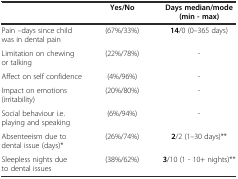
<table><thead><tr><td></td><td><b>Yes/No</b></td><td><b>Days median/mode (min - max)</b></td></tr></thead><tbody><tr><td>Pain –days since child was in dental pain</td><td>(67%/33%)</td><td><b>14</b>/0 (0–365 days)</td></tr><tr><td>Limitation on chewing or talking</td><td>(22%/78%)</td><td>-</td></tr><tr><td>Affect on self confidence</td><td>(4%/96%)</td><td>-</td></tr><tr><td>Impact on emotions (irritability)</td><td>(20%/80%)</td><td>-</td></tr><tr><td>Social behaviour i.e. playing and speaking</td><td>(6%/94%)</td><td>-</td></tr><tr><td>Absenteeism due to dental issue (days)*</td><td>(26%/74%)</td><td><b>2</b>/2 (1–30 days)**</td></tr><tr><td>Sleepless nights due to dental issues</td><td>(38%/62%)</td><td><b>3</b>/10 (1 - 10+ nights)**</td></tr></tbody></table>